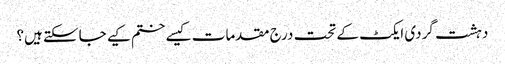
دہشت گردی ایکٹ کے تحت درج مقدمات کیسے ختم کیے جاسکتے ہیں؟